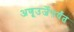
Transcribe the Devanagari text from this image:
अणूउर्जेपर्यंत